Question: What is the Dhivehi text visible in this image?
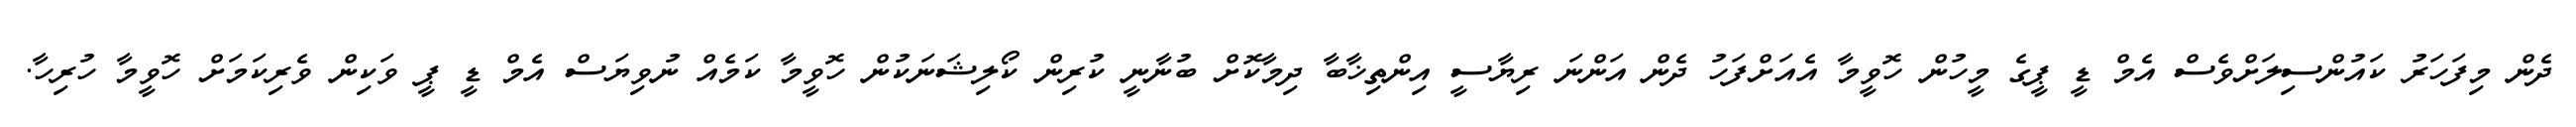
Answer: ދެން މިފަހަރު ކައުންސިލަށްވެސް އެމް ޑީ ޕީގެ މީހުން ހޮވީމާ އެއަށްފަހު ދެން އަންނަ ރިޔާސީ އިންތިޚާބާ ދިމާކޮށް ބުނާނީ ކުރިން ކޯލިޝަނަކުން ހޮވީމާ ކަމެއް ނުވިޔަސް އެމް ޑީ ޕީ ވަކިން ވެރިކަމަށް ހޮވީމާ ހުރިހާ.